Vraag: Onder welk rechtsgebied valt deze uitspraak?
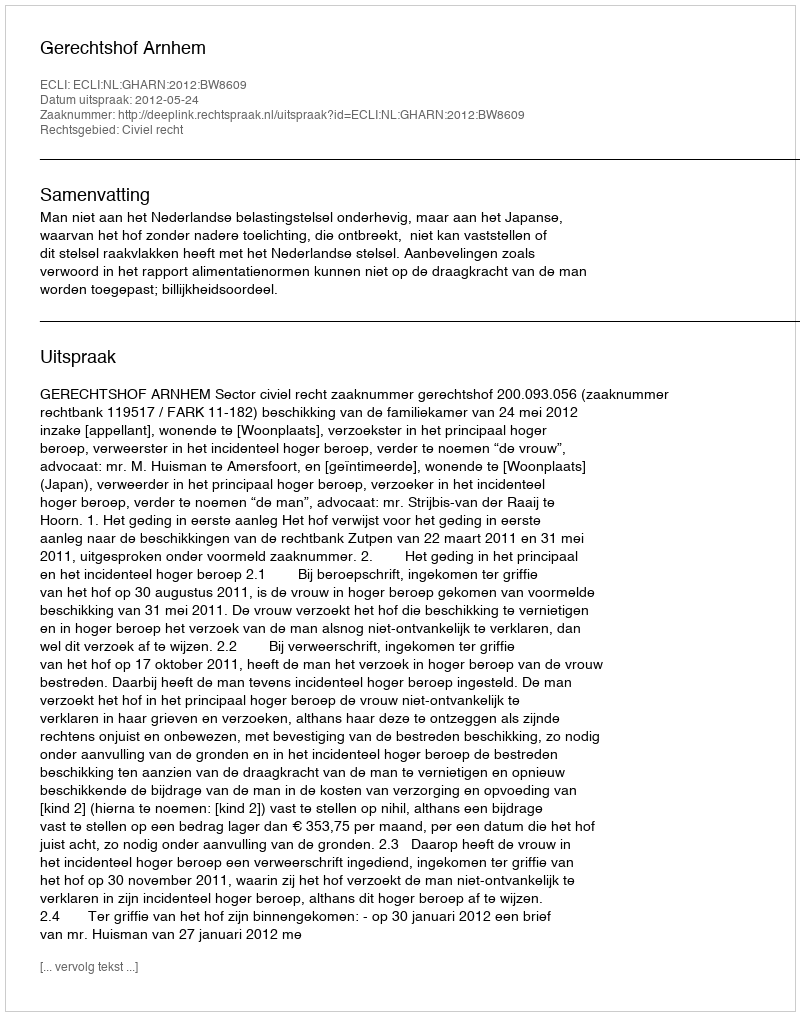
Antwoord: Civiel recht